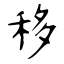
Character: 移